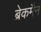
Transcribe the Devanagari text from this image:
ब्रेकमैन